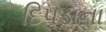
દિપડાના